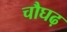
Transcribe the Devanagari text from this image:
चौघढ़